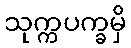
သုက္ကပက္ခမှိ